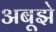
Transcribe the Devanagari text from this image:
अबूझे